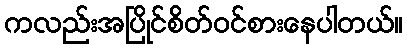
ကလည်းအပြိုင်စိတ်ဝင်စားနေပါတယ်။